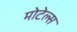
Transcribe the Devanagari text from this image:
मोटेल्स